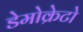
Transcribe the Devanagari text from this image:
डेमोक्रेटो